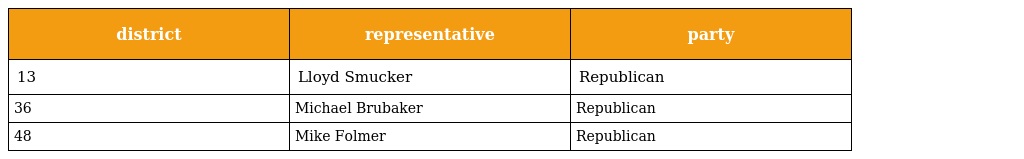
| district | representative | party |
 | --- | --- | --- |
 | 13 | Lloyd Smucker | Republican |
 | 36 | Michael Brubaker | Republican |
 | 48 | Mike Folmer | Republican |